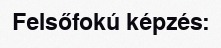
Felsőfokú képzés: